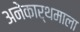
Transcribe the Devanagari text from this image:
अनेकार्थमाला